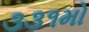
૩૩૧મો